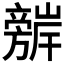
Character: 𭥈